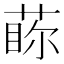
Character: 𱾃